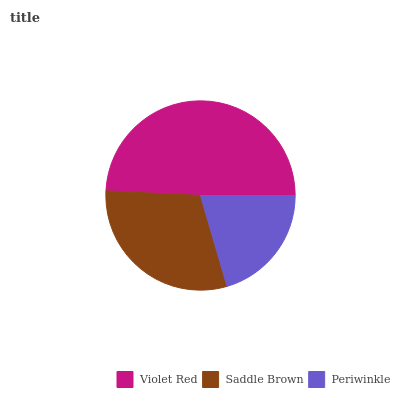
| Violet Red | Saddle Brown | Periwinkle |
 | --- | --- | --- |
 | 49.2% | 30.3% | 20.5% |